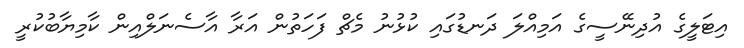
އިޓަލީގެ އުދިނޭސީގެ އަމިއްލަ ދަނޑުގައި ކުޅުނު މެޗް ފަހަތުން އަރާ އާސެނަލްއިން ކާމިޔާބުކުރީ